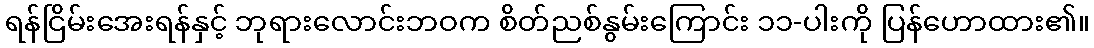
ရန်ငြိမ်းအေးရန်နှင့် ဘုရားလောင်းဘဝက စိတ်ညစ်နွမ်းကြောင်း ၁၁-ပါးကို ပြန်ဟောထား၏။